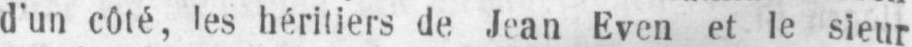
d’un côté, les héritiers de Jean Even et le sieur